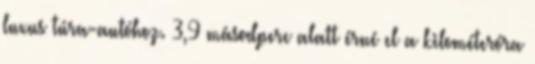
luxus túra-autóhoz. 3,9 másodperc alatt érné el a kilométeróra